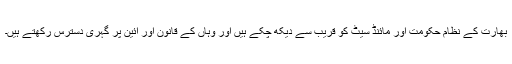
بھارت کے نظام حکومت اور مائنڈ سیٹ کو قریب سے دیکھ چکے ہیں اور وہاں کے قانون اور آئین پر گہری دسترس رکھتے ہیں۔